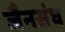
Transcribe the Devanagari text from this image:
जैनसंघ